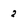
Character: 2